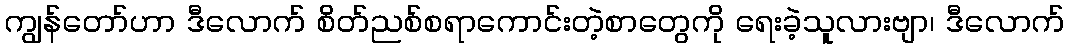
ကျွန်တော်ဟာ ဒီလောက် စိတ်ညစ်စရာကောင်းတဲ့စာတွေကို ရေးခဲ့သူလားဗျာ၊ ဒီလောက်